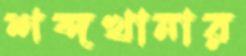
শব্দখানার